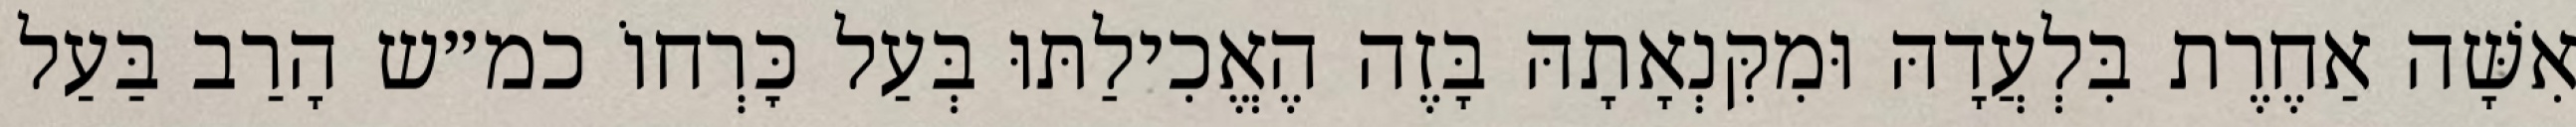
אִשָּׁה אַחֶרֶת בִּלְעֲדָהּ וּמִקִּנְאָתָהּ בָּזֶה הֶאֱכִילַתּוּ בְּעַל כׇּרְחוֹ כמ״ש הָרַב בַּעַל